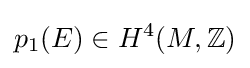
p_{1}(E)\in H^{4}(M,\mathbb {Z} )